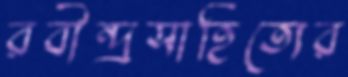
রবীন্দ্রসাহিত্যের